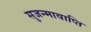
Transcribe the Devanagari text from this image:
सुजन्मावाप्ति